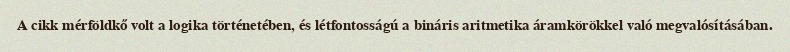
A cikk mérföldkő volt a logika történetében, és létfontosságú a bináris aritmetika áramkörökkel való megvalósításában.